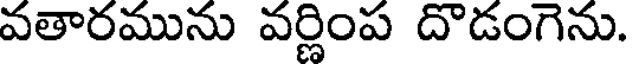
వతారమును వర్ణింప దొడంగెను.